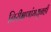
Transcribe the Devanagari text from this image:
निरीक्षणांमधूनही